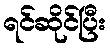
ရင်ဆိုင်ပြီး